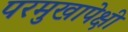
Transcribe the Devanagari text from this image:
परमुखापेक्षी